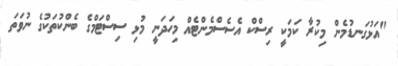
"އަޅުގަނޑުމެން މިކުރާ ކަމަކީ ރިސްކް އެސެސްމެންޓެއް މިހަދަނީ މުޅި ސިސްޓަމްގެ ބެންކުތަކުގެ ނުވަތަ